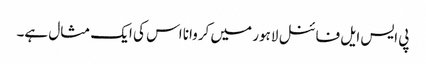
پی ایس ایل فائنل لاہور میں کروانا اس کی ایک مثال ہے۔